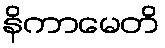
နိကာမေတိ